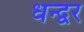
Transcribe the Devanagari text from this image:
धन्द्वर